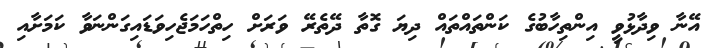
އޭނާ ވިދާޅުވީ އިންތިހާބުގެ ކަންތައްތައް ދިޔަ ގޮތާ ދޭތެރޭ ވަރަށް ހިތްހަމަޖެހިވަޑައިގަންނަވާ ކަމަށާއި